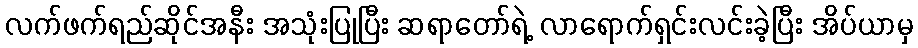
လက်ဖက်ရည်ဆိုင်အနီး အသုံးပြုပြီး ဆရာတော်ရဲ့ လာရောက်ရှင်းလင်းခဲ့ပြီး အိပ်ယာမှ